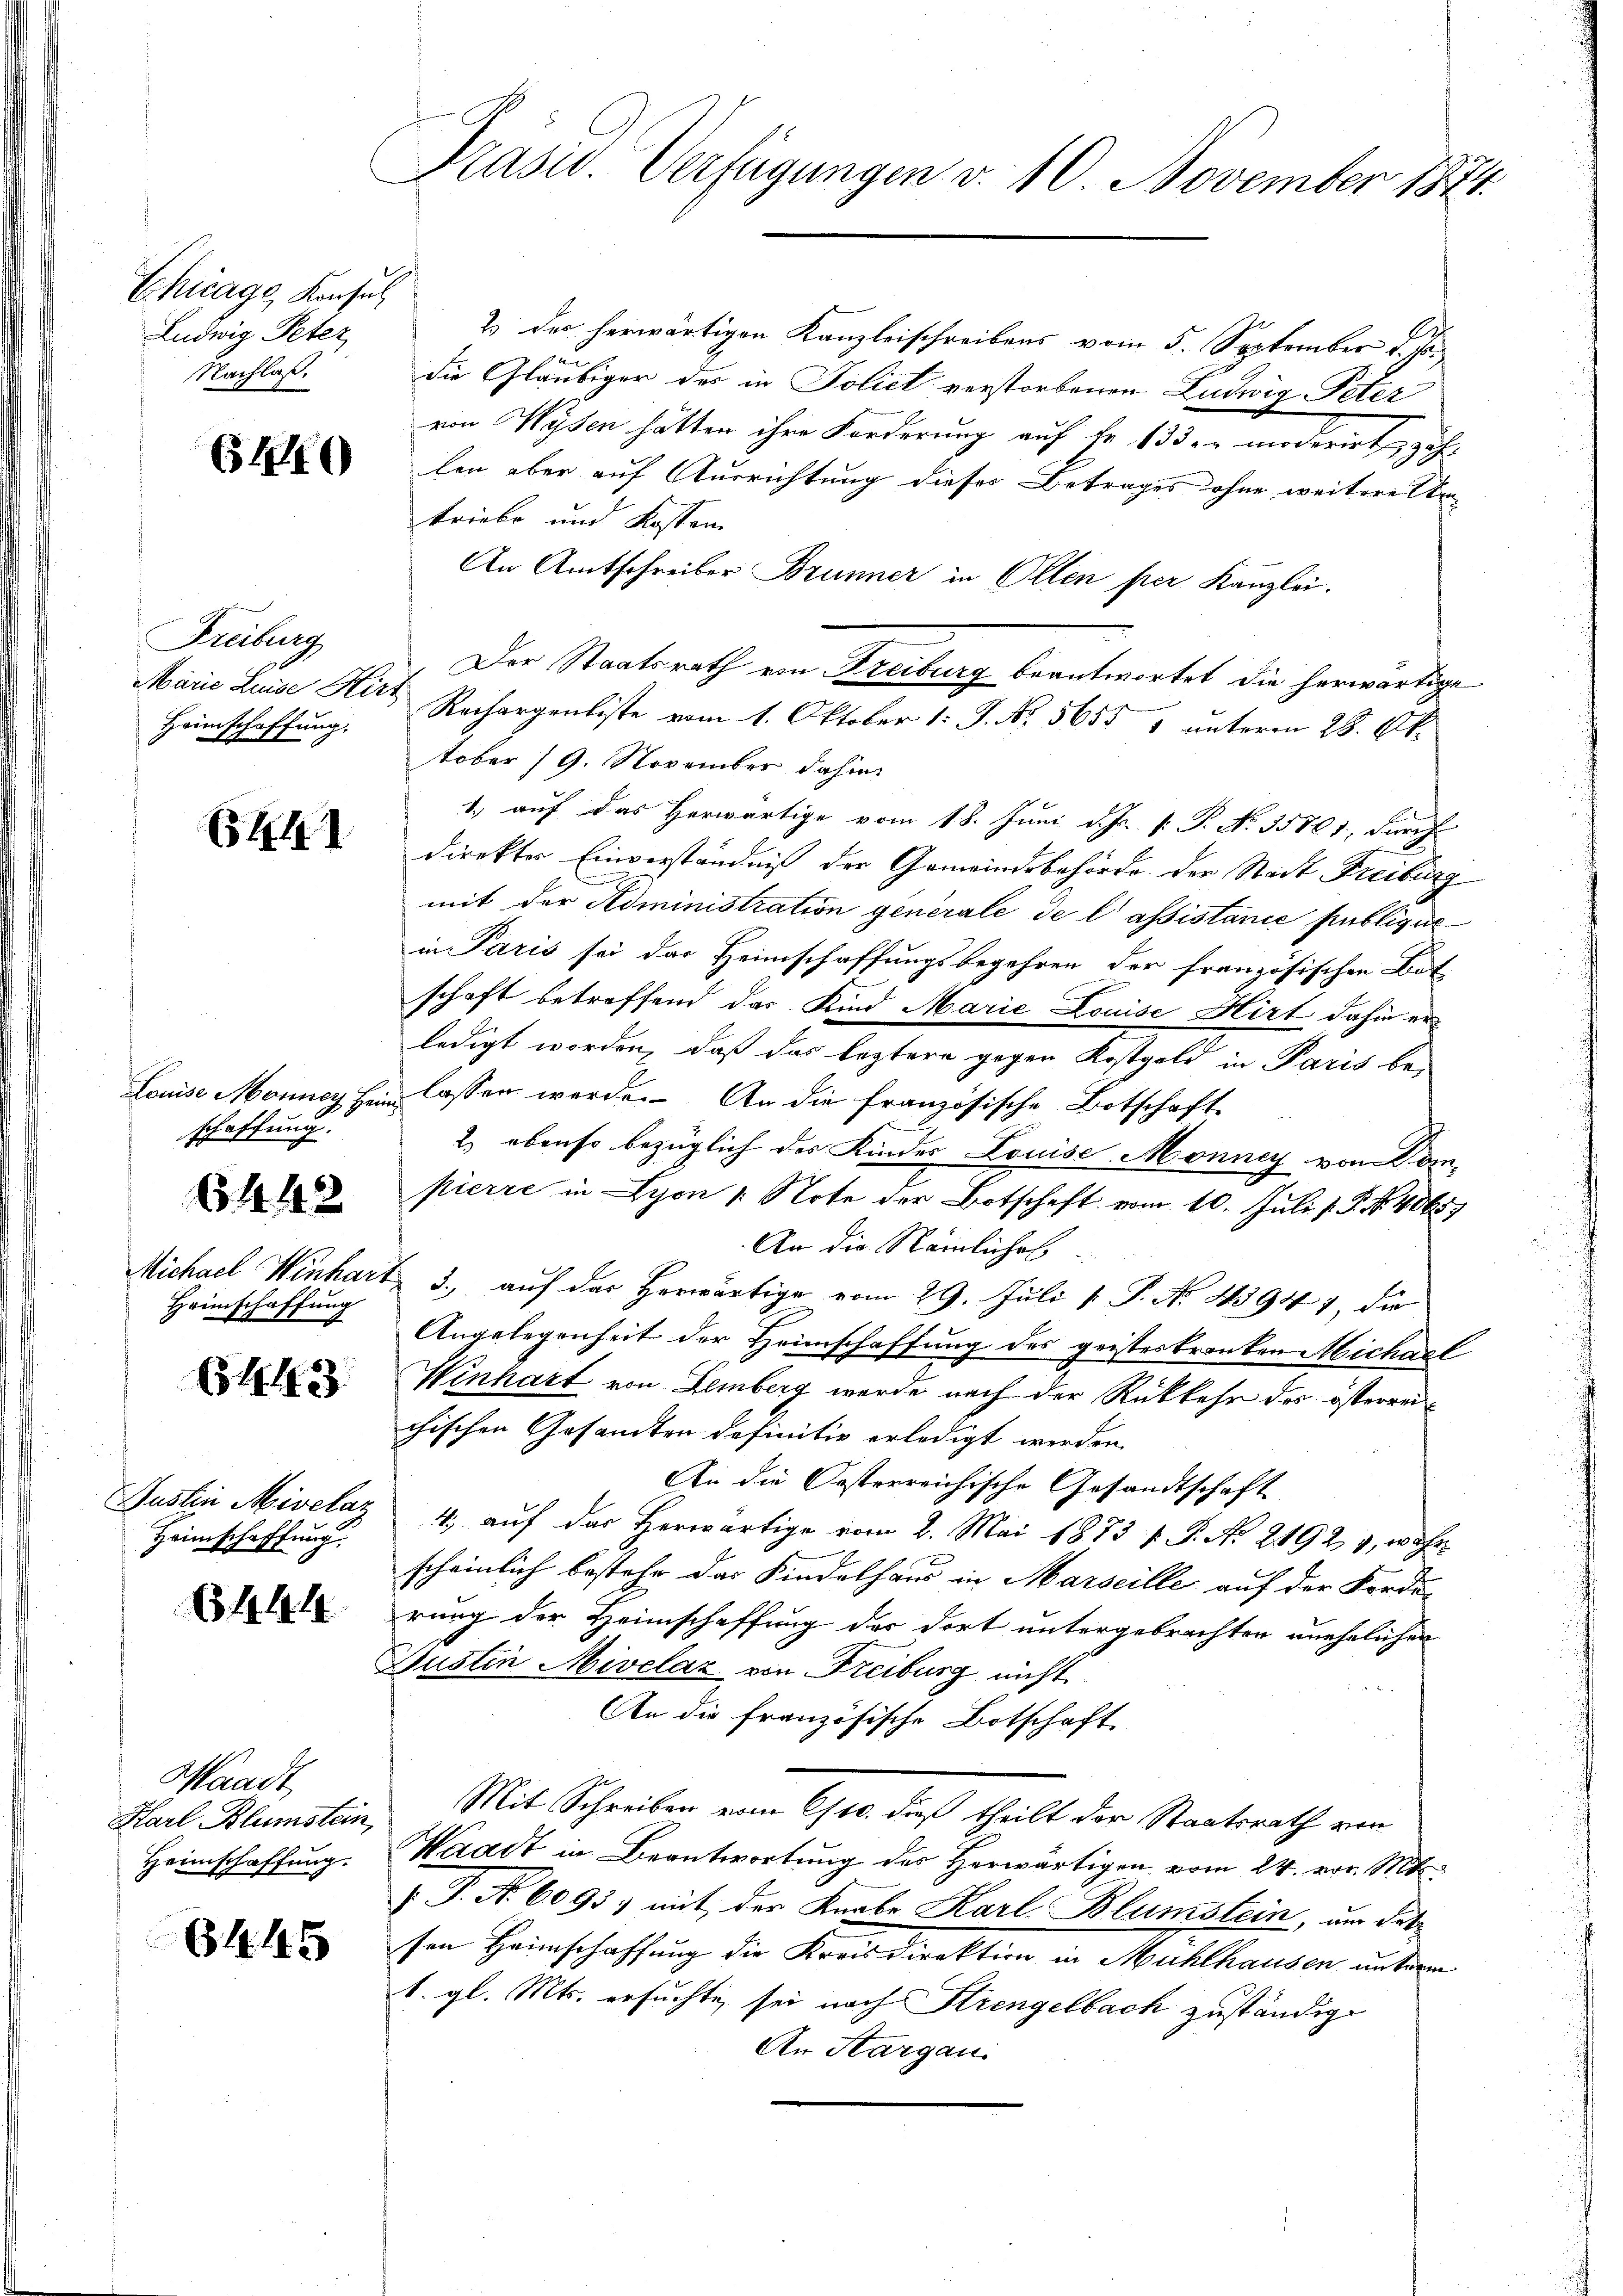
Chicage Konsul
Ludwig Peter
Nachlaß.

640

Freiburg
Heimschaffung.

6441

schaffung.

6442

Heimschaffung

6443

Justin Mivelaz
Heimschaffung

6444

Waadt
Harl Blümstein,
Heimschaffung.

6445

Präsid. Verfügungen d. 10. November 1874.

2) des herwärtigen Kanzleischreibens vom 5. September d. J.
die Gläubiger der in Poliet verstorbenen Ludwig Peter
von Wysen hätten ihre Forderung auf Fr. 133 er moderirt zah
len aber auf Ausrichtung dieses Betrages ohne weitere An-
triebe und Kosten
An Amtschreiber Brunner in Olten per Kanzlei.
Der Staatsrath von Freiburg beantwortet die herwärtige
Marie Luise Hirt Rechargenliste vom 1. Oktober 1: P. Nr. 5655 1 unterm 28. Oktober 19. November dahin
1) auf das Herwärtige vom 18. Juni d. Js. v. P. No. 35701, durch
direkter Einverständniß der Gemeindsbehörde der Stadt Freiburg
mit der Administration generale de l’assistance publique
in Paris sei das Heimschaffungsbegehren der französischen Bot
schaft betreffend das Kind Marie Louise Hirt dahin er
ledigt worden, daß das leztere gegen Kostgeld in Paris be-
Louise Monner sein lassen werde. An die französische Botschaft
2) ebenso bezüglich des Kinder Louise Monney von Kompierre in Lyon 1. Note der Botschaft vom 10. Juli v. P. Nr. 40657
An die Nämliches.
Michael Winhart 3., auf der Herwärtige vom 29. Juli v. P. No. 43947, die
Angelegenheit der Heimschaffung des geisteskranken Michael
Winhart von Lemberg wurde nach der Rückkehr des österreichischen Gesandten definitiv erledigt werden.
An die Oesterreichische Gesandtschaft
4. aŭf das herwärtige vom 2. Mai 1873 / P. No 21921, währ
scheinlich bestehe das Kindelhaus in Marseille auf der Fordes
rung der Heimschaffung der dort untergebrachten unehelichen
Justin Mivelaz von Freiburg nicht
An die französische Botschaft
Mit Schreiben vom 6/10. dieß theilt der Staatsrath von
Waadt in Beantwortung des Herwärtigen vom 24. vor. Mts.
 P. Nr. 6093) mit der Knabe Karl Blumstein, um das
sen Heimschaffung die Kreisdirektion in Mühlhausen, unterm
1. gl. Mts. ersuchte sei nach Strengelbach zuständige
An Sargau.